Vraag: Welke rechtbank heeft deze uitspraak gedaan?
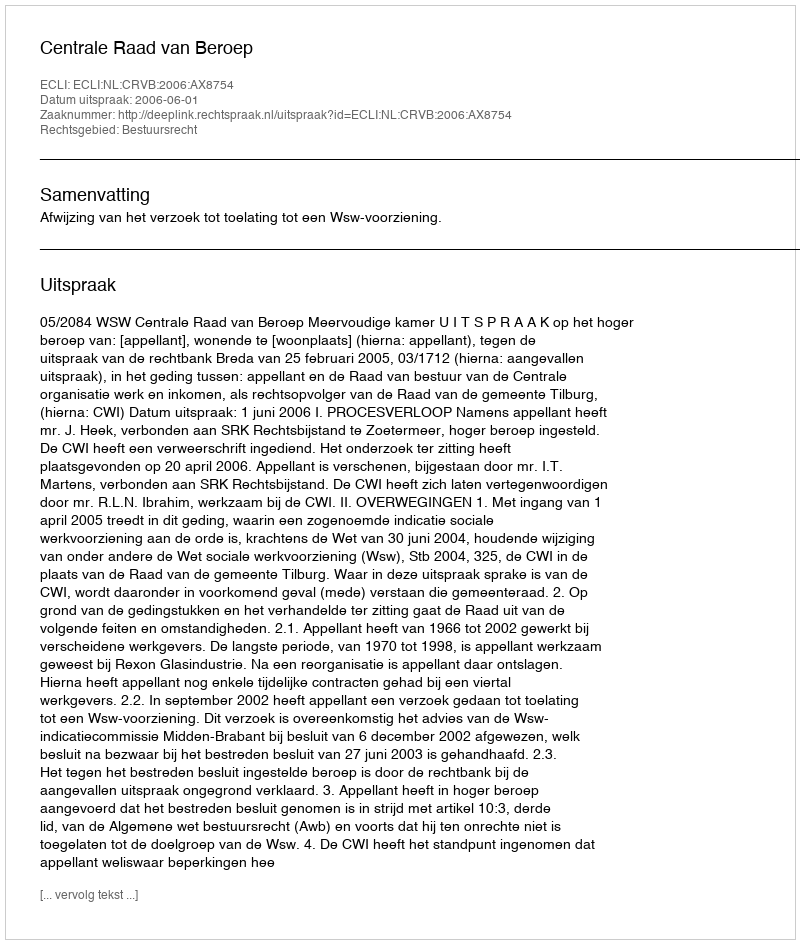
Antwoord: Centrale Raad van Beroep